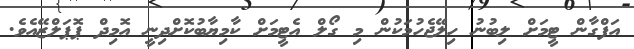
އަފްގާން ޓީމަށް ލިބުނު ހިލޭޖެހުމަކުން މި ގޯލް އެޓީމަށް ކާމިޔާބުކޮށްދިނީ އޮމިދް ޕޮޕަލްޒޭއެވެ.